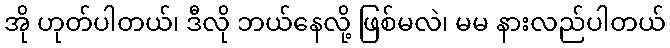
အို ဟုတ်ပါတယ်၊ ဒီလို ဘယ်နေလို့ ဖြစ်မလဲ၊ မမ နားလည်ပါတယ်